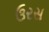
ઉરસ